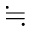
\fallingdotseq